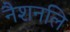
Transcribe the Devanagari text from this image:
नैशनलि